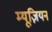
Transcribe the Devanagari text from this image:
म्यूज़ियन